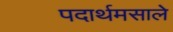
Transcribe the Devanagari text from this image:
पदार्थमसाले